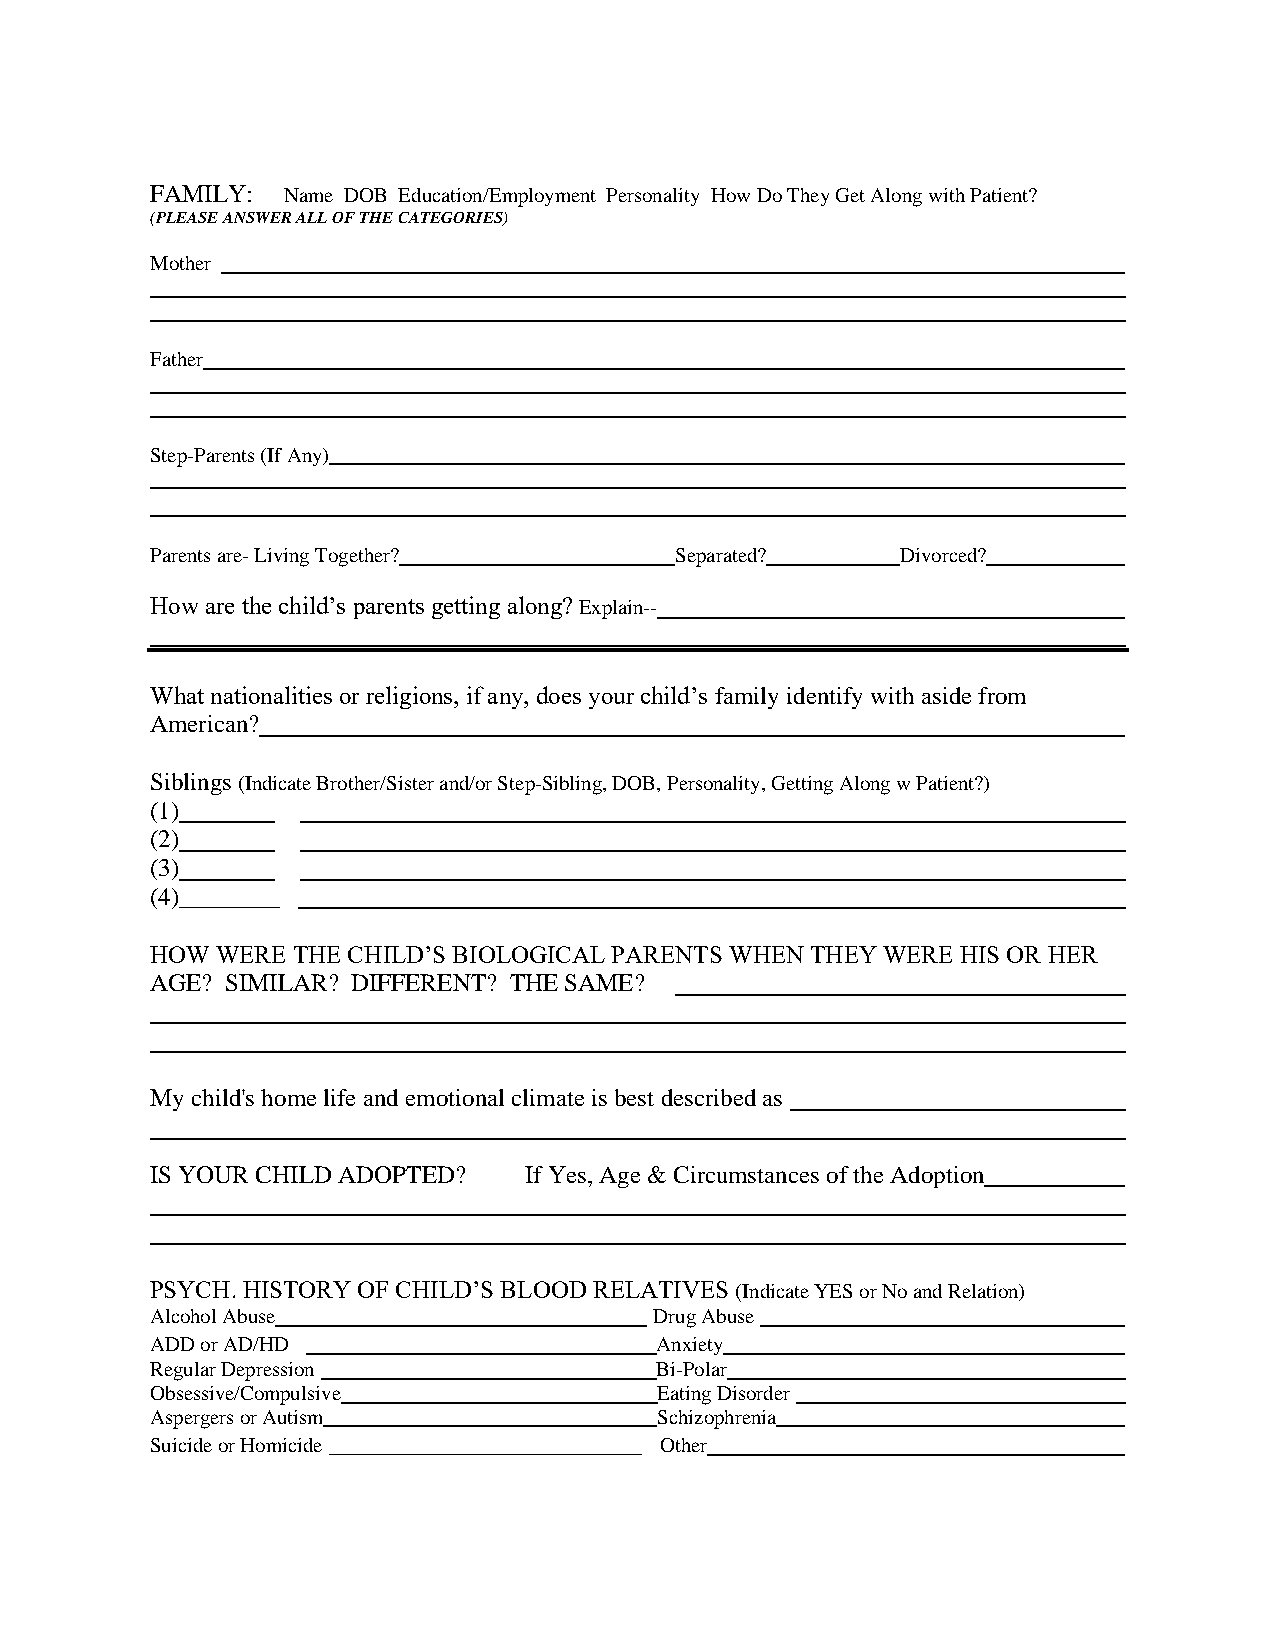
FAMILY:  Name DOB Education/Employment Personality How Do They Get Along with Patient?
 (PLEASE ANSWER ALL OF THE CATEGORIES)
 Mother
 Father
 Step-Parents (If Any)
 Parents are- Living Together?      Separated?     Divorced?
 How are the child’s parents getting along? Explain--
 What nationalities or religions, if any, does your child’s family identify with aside from
 American?
 Siblings (Indicate Brother/Sister and/or Step-Sibling, DOB, Personality, Getting Along w Patient?)
 (1)
 (2)
 (3)
 (4)________
 HOW WERE THE CHILD’S BIOLOGICAL PARENTS WHEN THEY WERE HIS OR HER
 AGE? SIMILAR? DIFFERENT? THE SAME?
 My child's home life and emotional climate is best described as
 IS YOUR CHILD ADOPTED?   If Yes, Age & Circumstances of the Adoption _
 PSYCH. HISTORY OF CHILD’S BLOOD RELATIVES (Indicate YES or No and Relation)
 Alcohol Abuse                    Drug Abuse
 ADD or AD/HD                     Anxiety_______________ __________
 Regular Depression               Bi-Polar
 Obsessive/Compulsive              Eating Disorder
 Aspergers or Autism               Schizophrenia
 Suicide or Homicide _________________________ Other ______________________